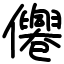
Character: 㒨